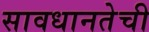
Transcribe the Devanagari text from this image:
सावधानतेची